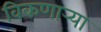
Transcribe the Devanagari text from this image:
विकणार्‍या